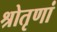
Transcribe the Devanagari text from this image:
श्रोतृणां